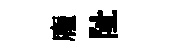
龐阯